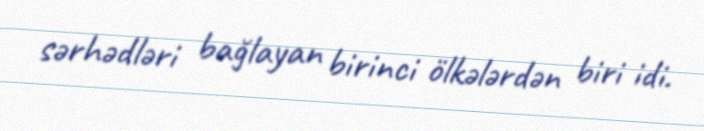
sərhədləri bağlayan birinci ölkələrdən biri idi.